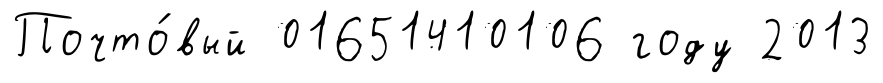
Почто́вый 01651410106 году 2013